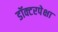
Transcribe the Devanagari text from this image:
डॉक्टरपेक्षा